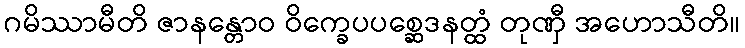
ဂမိဿာမီတိ ဇာနန္တောဝ ဝိက္ခေပပစ္ဆေဒနတ္ထံ တုဏှီ အဟောသီတိ။